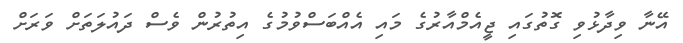
އޭނާ ވިދާޅުވި ގޮތުގައި ޖީއެމްއާރުގެ މައި އެއްބަސްވުމުގެ އިތުރުން ވެސް ދައުލަތަށް ވަރަށް